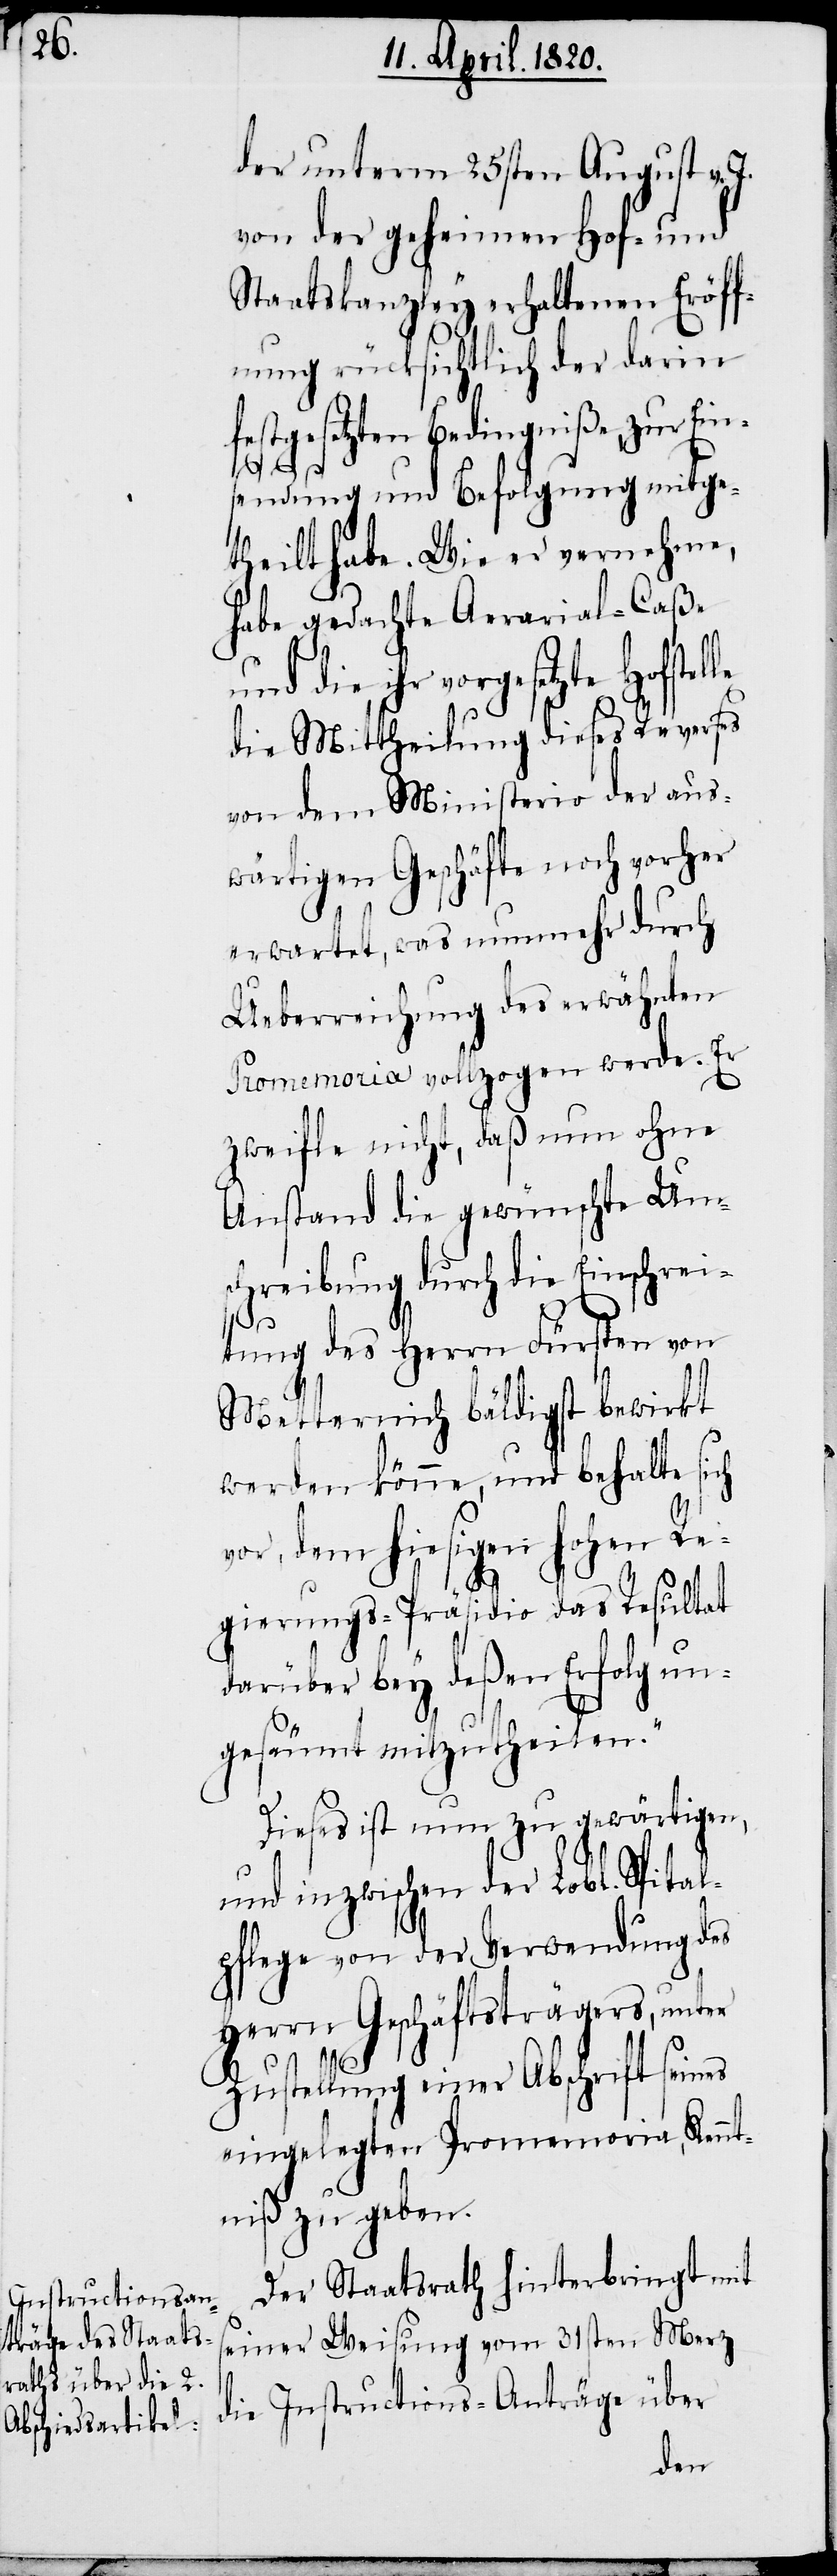
der unterm 25sten August v.
von der geheimen Hof- und
Staatskanzley erhaltenen Eröff¬
nung rücksichtlich der darin
festgesetzten Bedingniße zur Ein¬
sendung und Befolgung mitge¬
theilt habe. Wie er vernehme,
habe gedachte Aerarial-Caße
die ihr vorgesetzte Hofste¬
die Mittheilung dieses Reverses
von dem Ministerio der aus¬
wärtigen Geschäfte noch vorher
erwartet, was nunmehr durch
Ueberreichung des erwähnten
Promemoria vollzogen werde. Er
zweifle nicht, daß nun ohne
Anstand die gewünschte Ums¬
chreibung durch die Einschrei¬
ter
tung des Herrn Fürsten von
Metternich bäldigst bewirkt
werden könne, und behalte sich
vor, dem hiesigen Hohen Re¬
gierungs-Präsido das Resultat
darüber bey deßen Erfolg un¬
gesäumt mitzutheilen.“
Dieses ist nun zu gewärtigen,
und inzwischen der Lobl. Spita¬
lpflege von der Verwendung des
Herrn Geschäftsträgers, un¬
Zustellung einer Abschrift seines
eingelegten Promemoria, Kennt¬
niß zu geben.
Der Staatsrath hinterbringt mit
seiner Weisung vom 31sten Merz
die Instructions-Anträge über